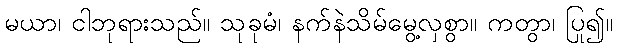
မယာ၊ ငါဘုရားသည်။ သုခုမံ၊ နက်နဲသိမ်မွေ့လှစွာ။ ကတွာ၊ ပြု၍။